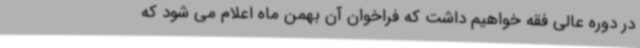
در دوره عالی فقه خواهیم داشت که فراخوان آن بهمن ماه اعلام می شود که